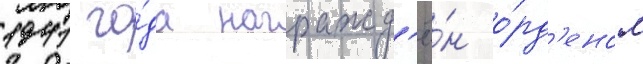
1941 го́да награжд'ё́н о́рд'еном